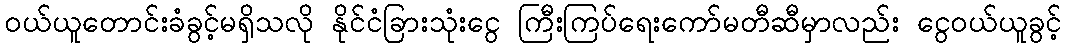
ဝယ်ယူတောင်းခံခွင့်မရှိသလို နိုင်ငံခြားသုံးငွေ ကြီးကြပ်ရေးကော်မတီဆီမှာလည်း ငွေဝယ်ယူခွင့်